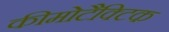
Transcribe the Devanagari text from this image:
कीमोटैक्टिक